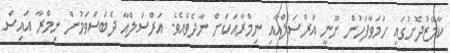
ކާމޭޒުދޮށުގައި ހަމަވާފަހުން ނޫނީ އަރްސަލްއާއި ނިމްރާއަކަށް ނާދެވެއެވެ. އަރްސަލްއާ ދެބަސްވަމުން ނިމްރާ އައިސް